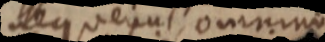
illo uenu, ommino